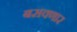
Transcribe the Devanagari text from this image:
बसवणार